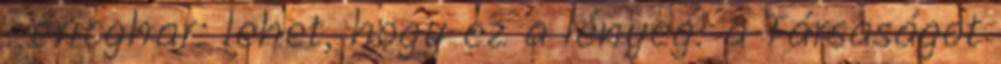
. ericghar: lehet, hogy ez a lényeg: a Társaságot